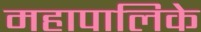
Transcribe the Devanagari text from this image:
महापालिके